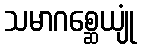
သမာဂစ္ဆေယျုံ